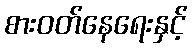
စားဝတ်နေရေးနှင့်